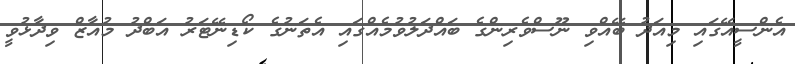
އެންސީއޭގައި މިއަދު ބޭއްވި ނޫސްވެރިންގެ ބައްދަލުވުމެއްގައި އެތަނުގެ ކޯޑިނޭޓަރު އަބްދު މުއާޒް ވިދާޅުވީ